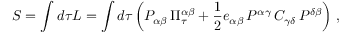
S = \int d \tau L = \int d \tau \left( P _ { \alpha \beta } \, \Pi _ { \tau } ^ { \alpha \beta } + { \frac { 1 } { 2 } } e _ { \alpha \beta } \, P ^ { \alpha \gamma } \, C _ { \gamma \delta } \, P ^ { \delta \beta } \right) \, ,